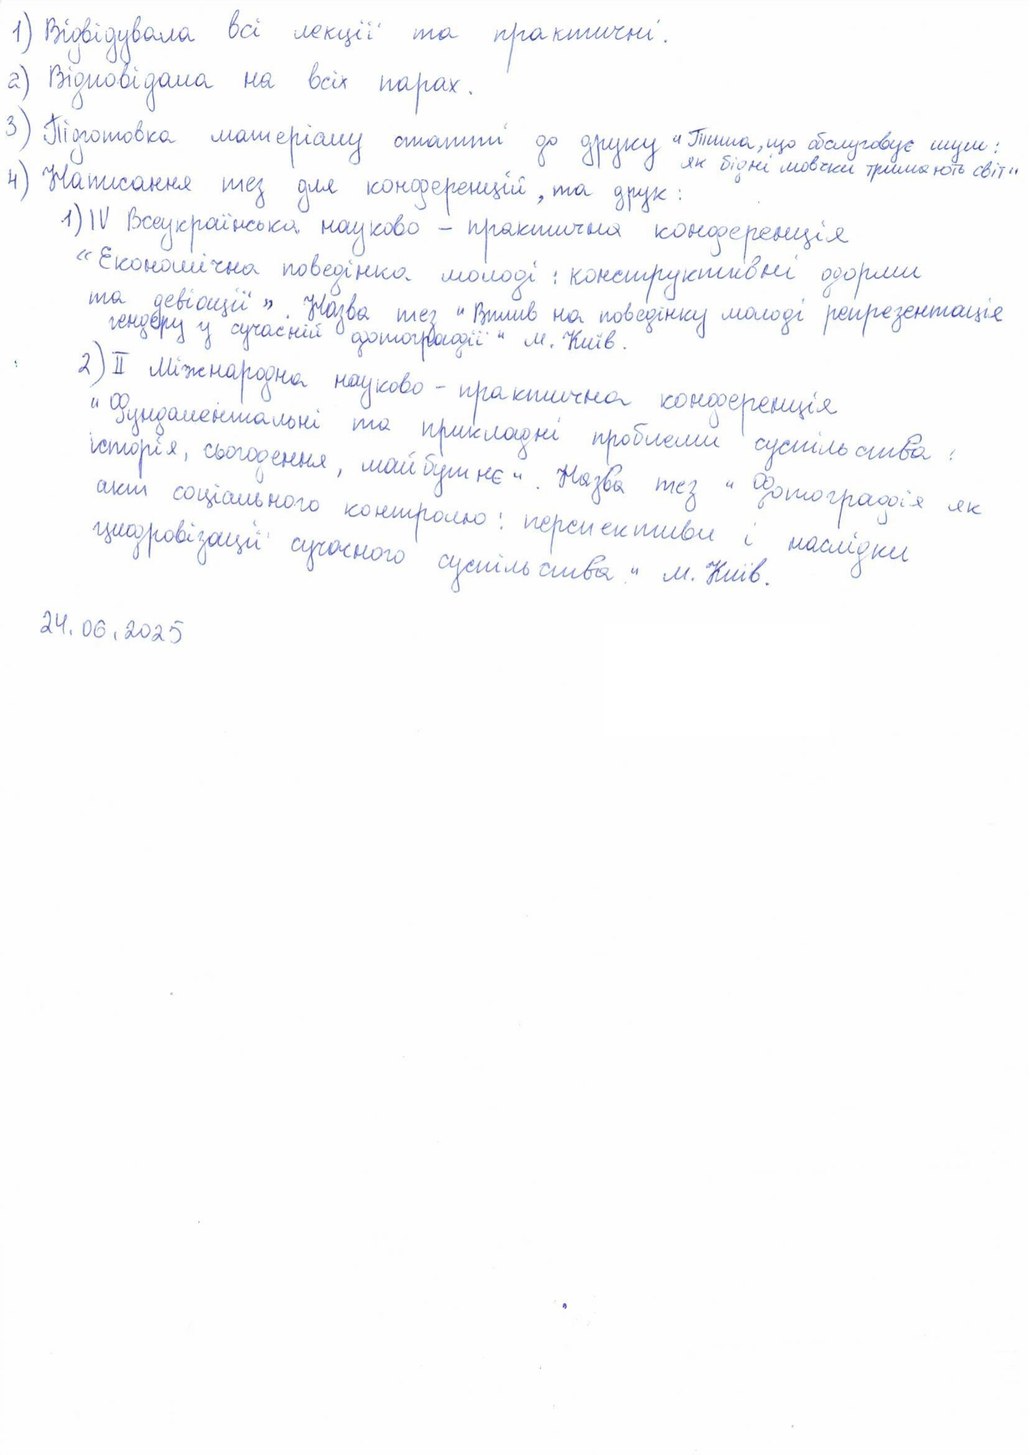
1) Відвідувала всі лекції та практичні.
а) Відповідала на всіх парах.
3) Підготовка матеріалу статті до друку "Тиша, що обслуговує шум: як бідні мовчки тримають світ
4) Написання тез для конференцій, та друк:
1) IV Всеукраїнська науково-практична конференція "Економічна поведінка
«Економічна поведінка молоді: конструктивні форми та девіації» Життя має вплив на поведінку молоді репрезентації
[illegible] . Назва тез "Вплив на поведінку молоді репрезентація гендеру у сучасній фотографії" м. Київ.
2) II Міжнародна науково-практична конференція
и [illegible] практична конференція "Фундаментальні та прикладні проблеми суспільства історія, сьогодення
історія, сьогодення, майбутнє". Назва тез "Отракація суспільства :
соціального контролю: перспективи і крах
цифровізації сучасного суспільства" м. Київ.
24.06.2025